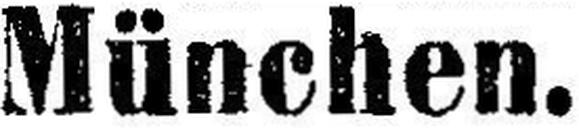
München.